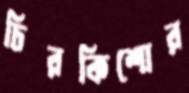
চিরকিশোর